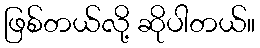
ဖြစ်တယ်လို့ ဆိုပါတယ်။